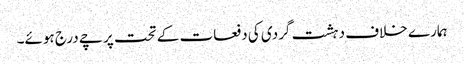
ہمارے خلاف دہشت گردی کی دفعات کے تحت پرچے درج ہوئے۔